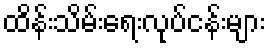
ထိန်းသိမ်းရေးလုပ်ငန်းများ